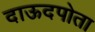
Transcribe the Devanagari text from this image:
दाऊदपोता